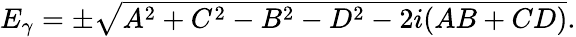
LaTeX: \begin{array}{r}{E_{\gamma}=\pm\sqrt{A^{2}+C^{2}-B^{2}-D^{2}-2i(AB+CD)}.}\end{array}